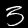
Label: 3